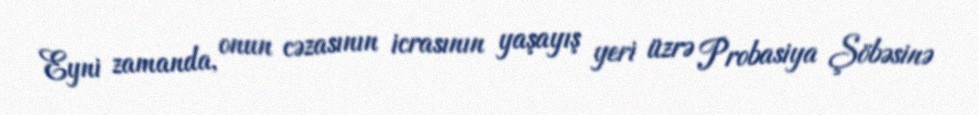
Eyni zamanda, onun cəzasının icrasının yaşayış yeri üzrə Probasiya Şöbəsinə